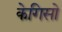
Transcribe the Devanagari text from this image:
केगिसो